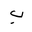
Letter: _ba